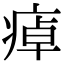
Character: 𤷘